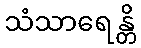
သံသာရေန္တိ